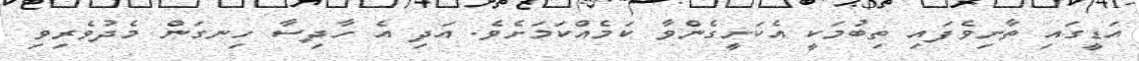
އަޑީގައި ތާށިވެފައި ތިބުމަކީ އެކަށީގެންވާ ކަމެއްކަމަށެވެ. އަދި އެ ހާދިސާ ހިނގަން މެދުވެރިވި